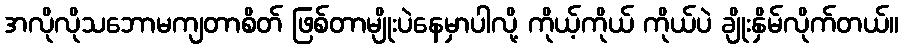
အလိုလိုသဘောမကျတာစိတ် ဖြစ်တာမျိုးပဲနေမှာပါလို့ ကိုယ့်ကိုယ် ကိုယ်ပဲ ချိုးနှိမ်လိုက်တယ်။